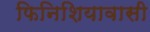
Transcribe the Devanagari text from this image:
फिनिशियावासी